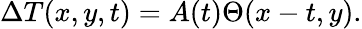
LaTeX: \begin{array}{r}{\Delta T(x,y,t)=A(t)\Theta(x-t,y).}\end{array}